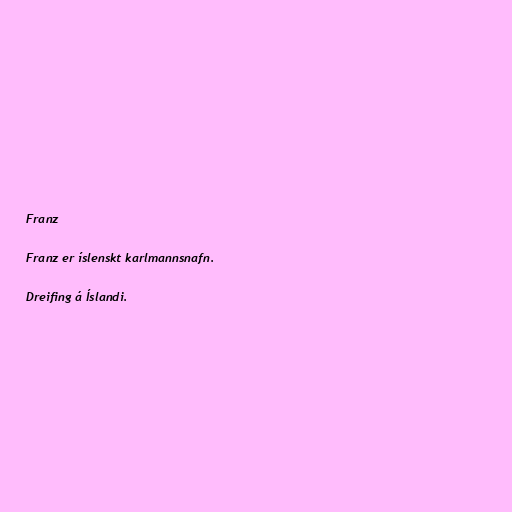
Franz

Franz er íslenskt karlmannsnafn.

Dreifing á Íslandi.